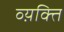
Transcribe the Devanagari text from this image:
व्य़क्ति